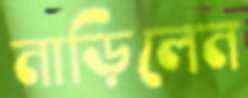
নাড়িলেন